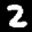
Label: 2